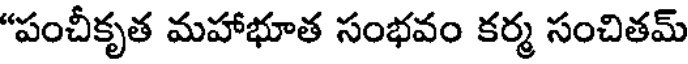
"పంచీకృత మహాభూత సంభవం కర్మ సంచితమ్